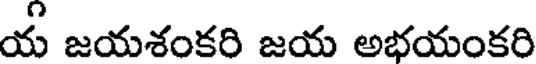
య జయశంకరి జయ అభయంకరి